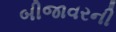
બીજાવરની